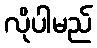
လိုပါမည်